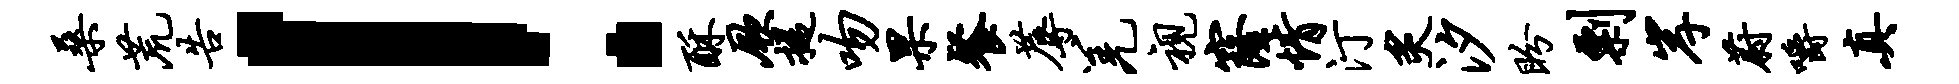
桑荒告！酥厥提吻果餐蓐羌视窿情汀炙汐盼剽岸蔚嚼真